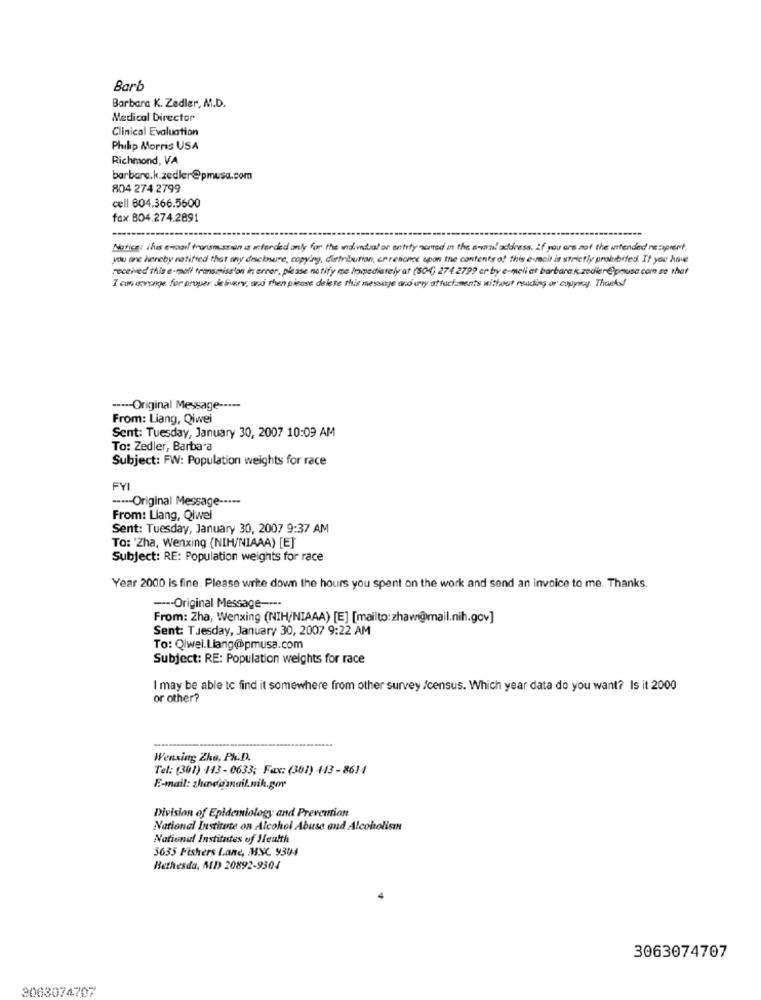
Barb
Barbara K. Zedler, M.D.
Medical Director
Clinical Evaluation
Philip Morris USA
Richmond, VA
barbara.k.zedler@pmusa.com
804 274.2799
cell 804.366.5600
fax 804.274.2891
Notice: ilus a-roar/ transmu.sson is anterded only for the individual or entity somred in the e-mail address. If you are not the intended ne zaprent,
you are hereby notified that any disclosure, copying, distribution, orretionce upon the contents of this e-mail is strictly prohibited. If you have
received this e-mail transmission in error, please notify me Immediately at (804) 274 2799 or by e-meli at barbara k zealer Cpmusa com so that
I con axvenge for ocupar delivery, and then please delete this message and wy attachaments without reading or copying. Thanks!
----- Original Message -....
From: Liang, Qiwei
Sent: Tuesday, January 30, 2007 10:09 AM
To: Zedler, Barbara
Subject: FW: Population weights for race
FYI
----- Original Message -----
From: Liang, Qlwel
Sent: Tuesday, January 30, 2007 9:37 AM
To: 'Zha, Wenxing (NIH/NIAAA) [E]
Subject: RE: Population weights for race
Year 2000 is fine. Please write down the hours you spent on the work and send an invoice to me. Thanks.
---- Original Message ----
From: Zha, Wenxing (NIH/NIAAA) [E] [mailto:zhaw@mail.nih.gov]
Sent: Tuesday, January 30, 2007 9:22 AM
To: Qiwei.Liang@pmusa.com
Subject: RE: Population weights for race
I may be able to find it somewhere from other survey /census. Which year data do you want? Is it 2000
or other?
Wenxing Zka, Ph.D.
Tel: (301) +43 - 0633; Fax: (301) 443 - 8614
E-mail: zhagasnail.nih.gov
Division of Epidemiology and Prevention
National Institute on Alcohol Abuse and Alcoholisin
National Institutes of Health
3635 Fishers Lane, MSC 9304
Bethesda, MD 20892-9304
3063074707
3063074707